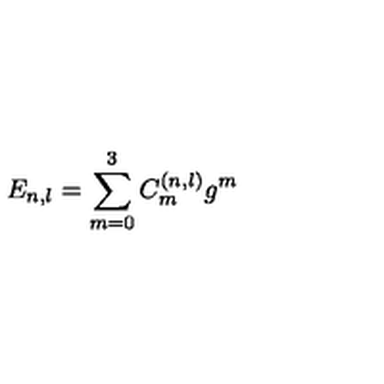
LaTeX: E _ { n , l } = \sum _ { m = 0 } ^ { 3 } C _ { m } ^ { \left( n , l \right) } g ^ { m }